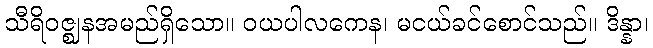
သီရိဝဇ္ဈနအမည်ရှိသော။ ဝယပါလကေန၊ မငယ်ခင်စောင်သည်။ ဒိန္နာ၊